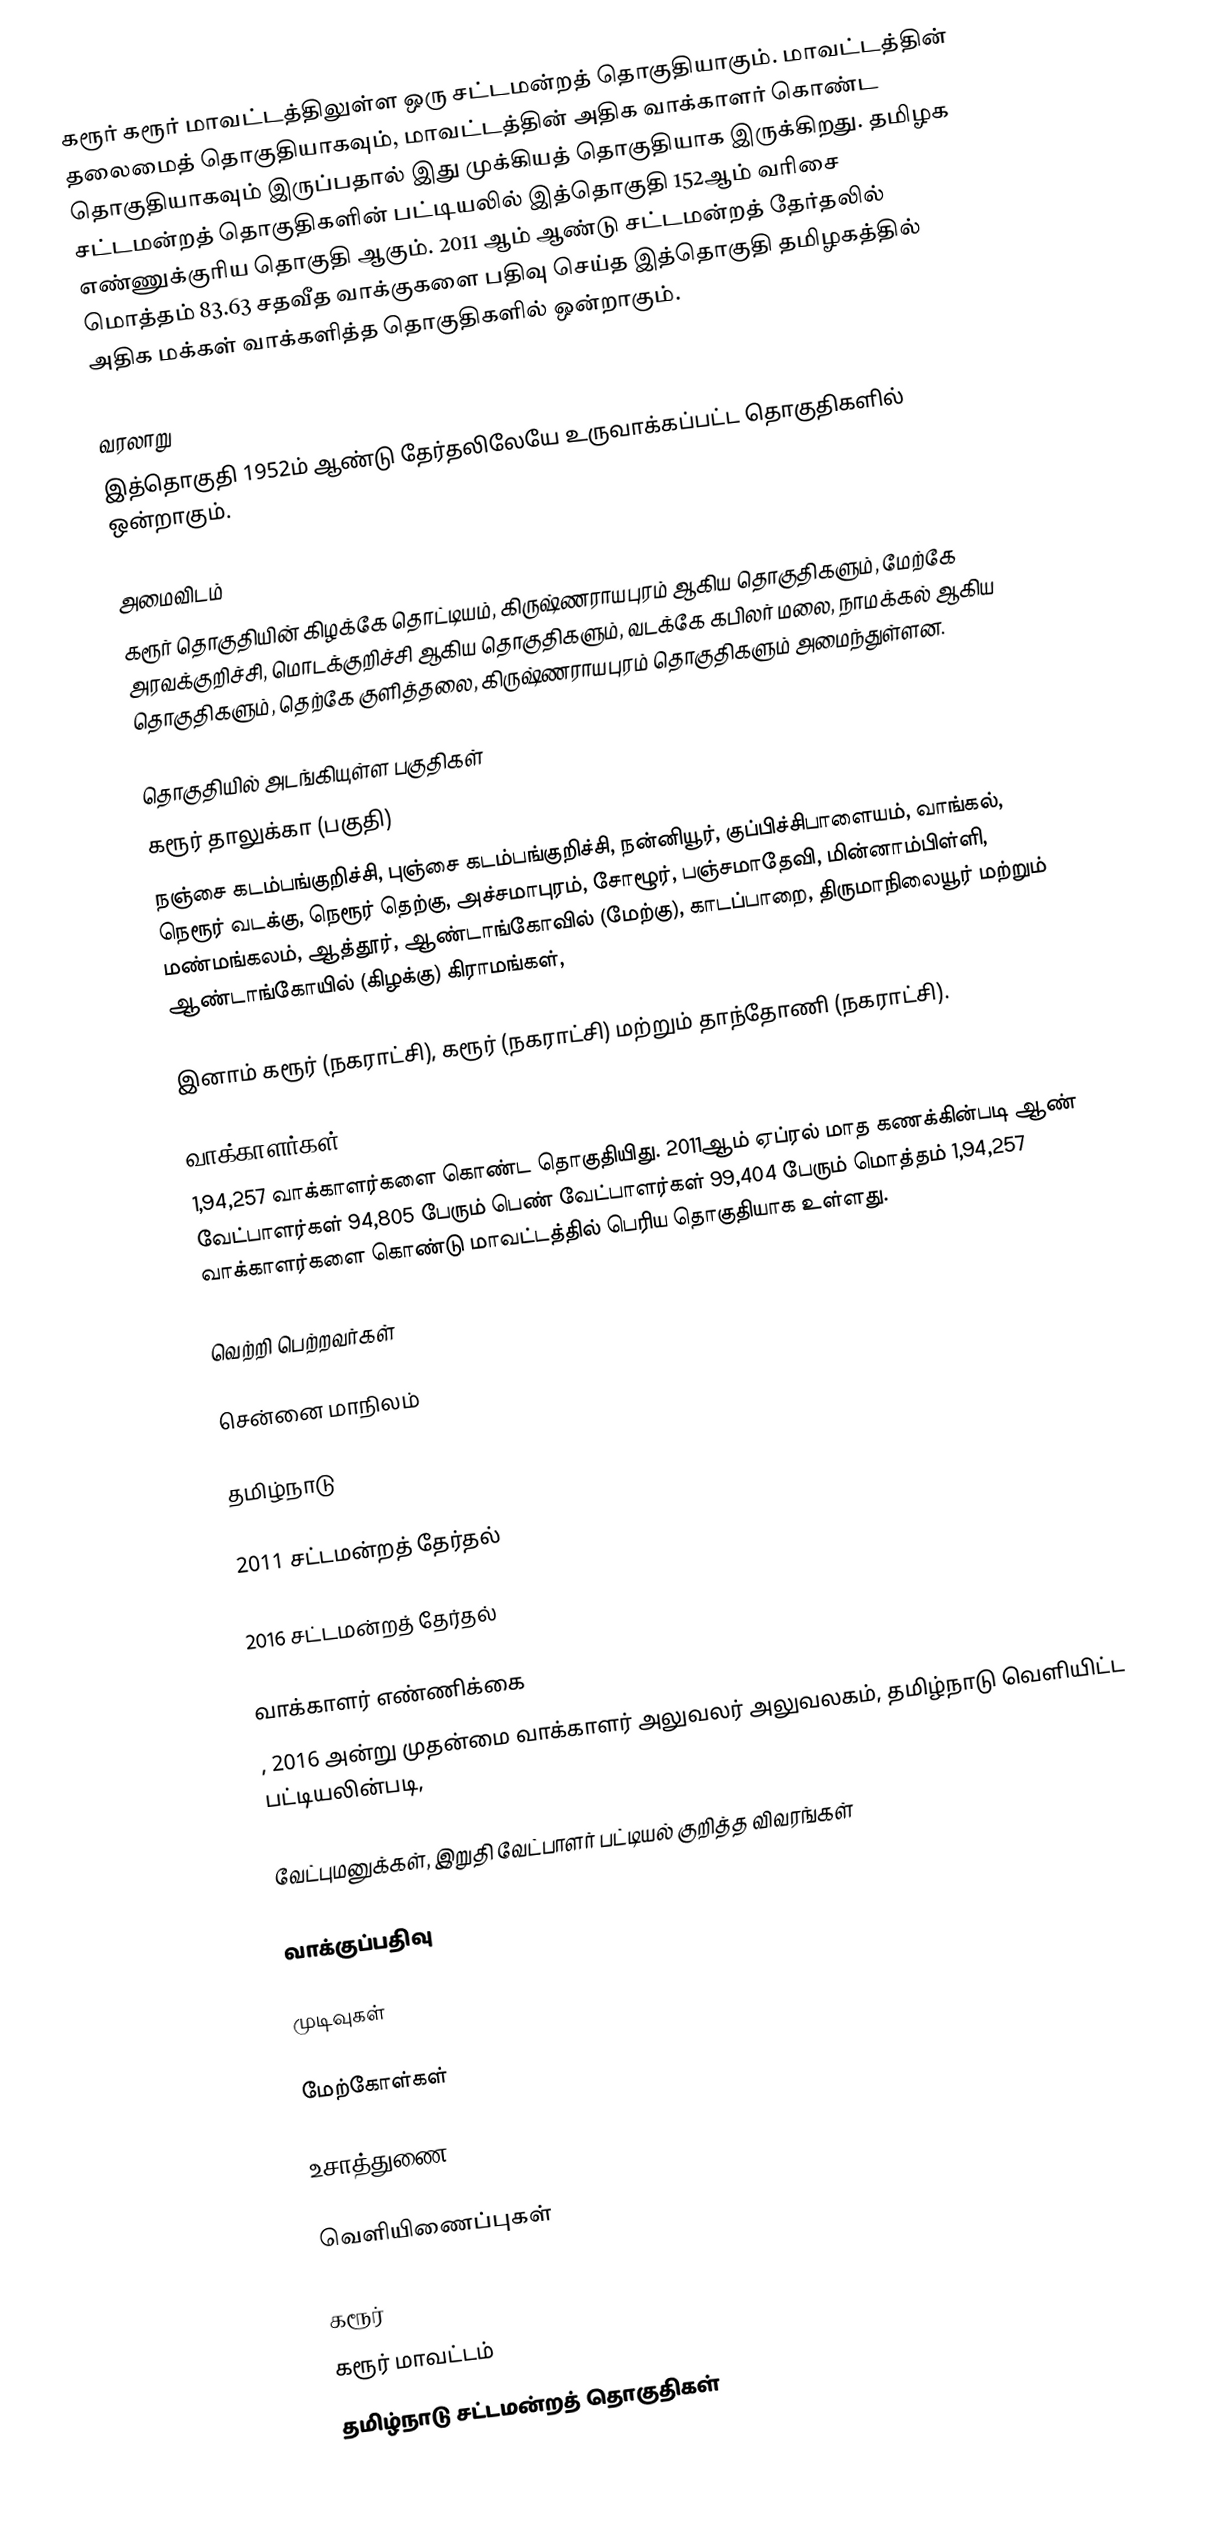
கரூர் கரூர் மாவட்டத்திலுள்ள ஒரு சட்டமன்றத் தொகுதியாகும். மாவட்டத்தின் தலைமைத் தொகுதியாகவும், மாவட்டத்தின் அதிக வாக்காளர் கொண்ட தொகுதியாகவும் இருப்பதால் இது முக்கியத் தொகுதியாக இருக்கிறது. தமிழக சட்டமன்றத் தொகுதிகளின் பட்டியலில் இத்தொகுதி 152ஆம் வரிசை எண்ணுக்குரிய தொகுதி ஆகும். 2011 ஆம் ஆண்டு சட்டமன்றத் தேர்தலில் மொத்தம் 83.63 சதவீத வாக்குகளை பதிவு செய்த இத்தொகுதி தமிழகத்தில் அதிக மக்கள் வாக்களித்த தொகுதிகளில் ஒன்றாகும்.

வரலாறு
இத்தொகுதி 1952ம் ஆண்டு தேர்தலிலேயே உருவாக்கப்பட்ட தொகுதிகளில் ஒன்றாகும்.

அமைவிடம்
கரூர் தொகுதியின் கிழக்கே தொட்டியம், கிருஷ்ணராயபுரம் ஆகிய தொகுதிகளும், மேற்கே அரவக்குறிச்சி, மொடக்குறிச்சி ஆகிய தொகுதிகளும், வடக்கே கபிலர் மலை, நாமக்கல் ஆகிய தொகுதிகளும், தெற்கே குளித்தலை, கிருஷ்ணராயபுரம் தொகுதிகளும் அமைந்துள்ளன.

தொகுதியில் அடங்கியுள்ள பகுதிகள்
கரூர் தாலுக்கா (பகுதி)
நஞ்சை கடம்பங்குறிச்சி, புஞ்சை கடம்பங்குறிச்சி, நன்னியூர், குப்பிச்சிபாளையம், வாங்கல், நெரூர் வடக்கு, நெரூர் தெற்கு, அச்சமாபுரம், சோழூர், பஞ்சமாதேவி, மின்னாம்பிள்ளி, மண்மங்கலம், ஆத்தூர், ஆண்டாங்கோவில் (மேற்கு), காடப்பாறை, திருமாநிலையூர் மற்றும் ஆண்டாங்கோயில் (கிழக்கு) கிராமங்கள்,

இனாம் கரூர் (நகராட்சி), கரூர் (நகராட்சி) மற்றும் தாந்தோணி (நகராட்சி).

வாக்காளர்கள்
1,94,257 வாக்காளர்களை கொண்ட தொகுதியிது. 2011ஆம் ஏப்ரல் மாத கணக்கின்படி ஆண் வேட்பாளர்கள் 94,805 பேரும் பெண் வேட்பாளர்கள் 99,404 பேரும்  மொத்தம் 1,94,257 வாக்காளர்களை கொண்டு மாவட்டத்தில் பெரிய தொகுதியாக உள்ளது.

வெற்றி பெற்றவர்கள்

சென்னை மாநிலம்

தமிழ்நாடு

2011 சட்டமன்றத் தேர்தல்

2016 சட்டமன்றத் தேர்தல்

வாக்காளர் எண்ணிக்கை
, 2016 அன்று முதன்மை வாக்காளர் அலுவலர் அலுவலகம், தமிழ்நாடு வெளியிட்ட பட்டியலின்படி,

வேட்புமனுக்கள், இறுதி வேட்பாளர் பட்டியல் குறித்த விவரங்கள்

வாக்குப்பதிவு

முடிவுகள்

மேற்கோள்கள்

உசாத்துணை

வெளியிணைப்புகள்

கரூர்
கரூர் மாவட்டம்
தமிழ்நாடு சட்டமன்றத் தொகுதிகள்